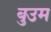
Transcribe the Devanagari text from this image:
बुउम